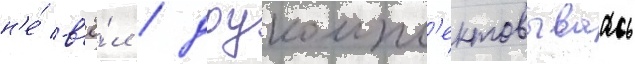
н'е́ в'ё́л / доукомпл'ектовываась